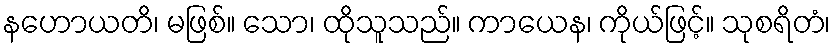
နဟောယတိ၊ မဖြစ်။ သော၊ ထိုသူသည်။ ကာယေန၊ ကိုယ်ဖြင့်။ သုစရိတံ၊